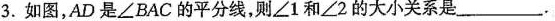
3.如图，AD是∠BAC的平分线，则∠1和∠2的大小关系是___.